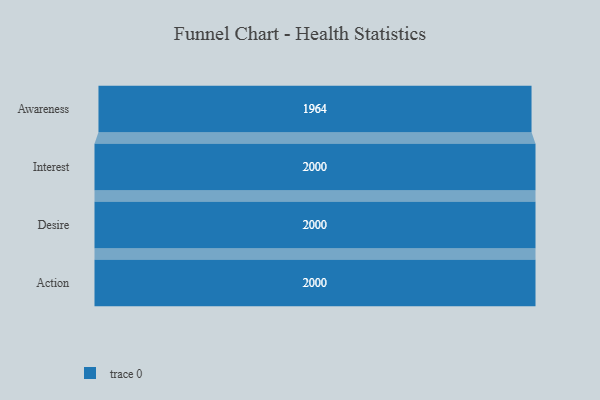
{"axis": {"x": "Stage", "y": "Value"}, "legend": [""], "data": [{"x": "Awareness", "y": 1964.0, "type": ""}, {"x": "Interest", "y": 2000, "type": ""}, {"x": "Desire", "y": 2000, "type": ""}, {"x": "Action", "y": 2000, "type": ""}]}